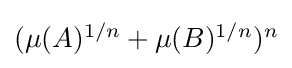
{\textstyle (\mu (A)^{1/n}+\mu (B)^{1/n})^{n}}